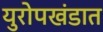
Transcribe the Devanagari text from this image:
युरोपखंडात